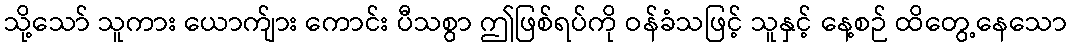
သို့သော် သူကား ယောက်ျား ကောင်း ပီသစွာ ဤဖြစ်ရပ်ကို ဝန်ခံသဖြင့် သူနှင့် နေ့စဉ် ထိတွေ့နေသော